Statistical return of the lunatic asylum in Assam - 1912-1932
Year: 1912
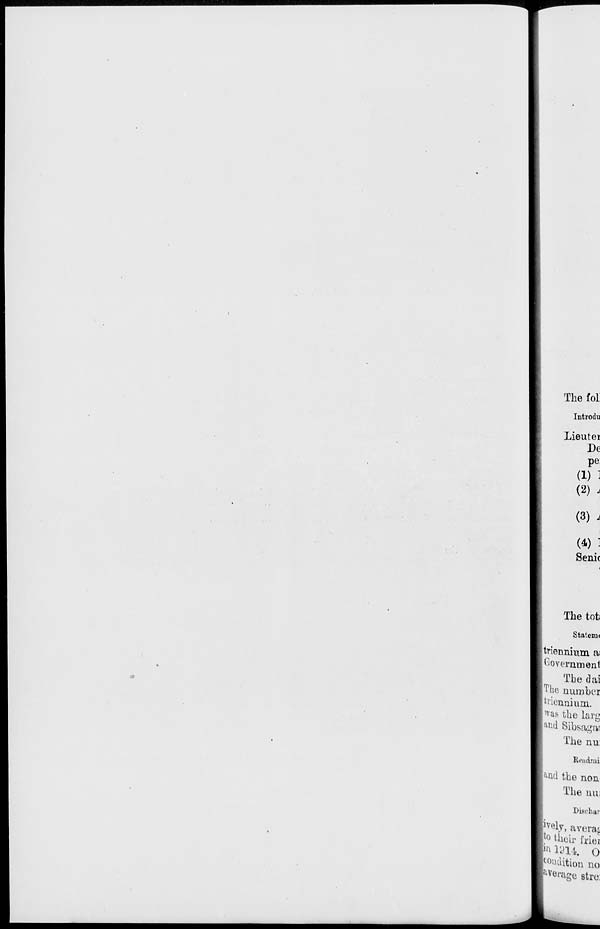
The fol
Introdu
Lieutei
De
pe
(i) i
(2) j
(3) i
(4) :
Senit
The tot:
Statem<
triennmm a:
[Government
The dai
[The number
Riennium. iv^s the larg
F 11 * Sibsasai
The nu:
Beudmi
| a *ul the non
The nui
Disohar
Nly, averas
F° their friei
P1»U O
foudition no
perage etre: